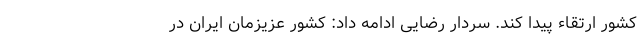
کشور ارتقاء پیدا کند. سردار رضایی ادامه داد: کشور عزیزمان ایران در